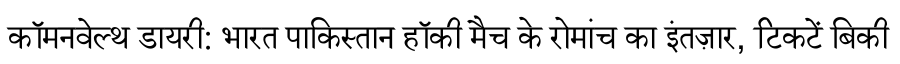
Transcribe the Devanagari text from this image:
कॉमनवेल्थ डायरी: भारत पाकिस्तान हॉकी मैच के रोमांच का इंतज़ार, टिकटें बिकी